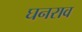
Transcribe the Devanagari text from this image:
घनराव